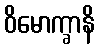
ဝိမောက္ခာနိ